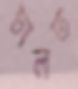
ঢালত